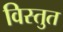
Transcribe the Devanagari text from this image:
विस्तुत